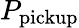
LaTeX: P_{\mathrm{pickup}}